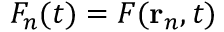
F _ { n } ( t ) = F ( \mathbf { r } _ { n } , t )